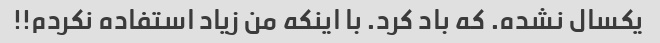
یکسال نشده. که باد کرد. با اینکه من زیاد استفاده نکردم!!